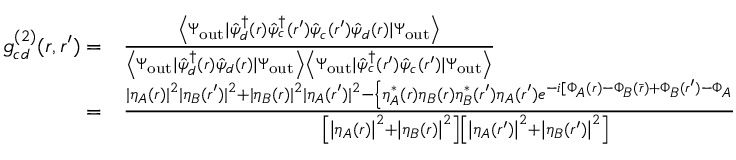
\begin{array} { r l } { g _ { c d } ^ { ( 2 ) } ( \boldsymbol { r } , \boldsymbol { r } ^ { \prime } ) = } & { { } \frac { \left\langle \Psi _ { \mathrm { o u t } } \mid \hat { \psi } _ { d } ^ { \dagger } ( \boldsymbol { r } ) \hat { \psi } _ { c } ^ { \dagger } ( \boldsymbol { r } ^ { \prime } ) \hat { \psi } _ { c } ( \boldsymbol { r } ^ { \prime } ) \hat { \psi } _ { d } ( \boldsymbol { r } ) \mid \Psi _ { \mathrm { o u t } } \right\rangle } { \left\langle \Psi _ { \mathrm { o u t } } \mid \hat { \psi } _ { d } ^ { \dagger } ( \boldsymbol { r } ) \hat { \psi } _ { d } ( \boldsymbol { r } ) \mid \Psi _ { \mathrm { o u t } } \right\rangle \left\langle \Psi _ { \mathrm { o u t } } \mid \hat { \psi } _ { c } ^ { \dagger } ( \boldsymbol { r } ^ { \prime } ) \hat { \psi } _ { c } ( \boldsymbol { r } ^ { \prime } ) \mid \Psi _ { \mathrm { o u t } } \right\rangle } } \\ { = } & { { } \frac { | \eta _ { A } ( \boldsymbol { r } ) | ^ { 2 } | \eta _ { B } ( \boldsymbol { r } ^ { \prime } ) | ^ { 2 } + | \eta _ { B } ( \boldsymbol { r } ) | ^ { 2 } | \eta _ { A } ( \boldsymbol { r } ^ { \prime } ) | ^ { 2 } - \left\{ \eta _ { A } ^ { * } ( \boldsymbol { r } ) \eta _ { B } ( \boldsymbol { r } ) \eta _ { B } ^ { * } ( \boldsymbol { r } ^ { \prime } ) \eta _ { A } ( \boldsymbol { r } ^ { \prime } ) e ^ { - i [ \Phi _ { A } ( \boldsymbol { r } ) - \Phi _ { B } ( \bar { \boldsymbol { r } } ) + \Phi _ { B } ( \boldsymbol { r } ^ { \prime } ) - \Phi _ { A } ( \bar { \boldsymbol { r } } ^ { \prime } ) ] } + \mathrm { c . c . } \right\} } { \left[ \left| \eta _ { A } ( \boldsymbol { r } ) \right| ^ { 2 } + \left| \eta _ { B } ( \boldsymbol { r } ) \right| ^ { 2 } \right] \left[ \left| \eta _ { A } ( \boldsymbol { r } ^ { \prime } ) \right| ^ { 2 } + \left| \eta _ { B } ( \boldsymbol { r } ^ { \prime } ) \right| ^ { 2 } \right] } , } \end{array}